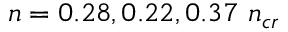
n = 0 . 2 8 , 0 . 2 2 , 0 . 3 7 ~ n _ { c r }